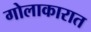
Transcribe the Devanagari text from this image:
गोलाकारात